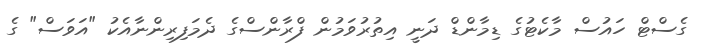
ގެސްޓް ހައުސް މާކެޓުގެ ޑިމާންޑް ދަނީ އިތުރުވަމުން ފްރާންސްގެ ދެމަފިރިންނާއެކު "އަވަސް" ގެ